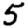
Digit: 5